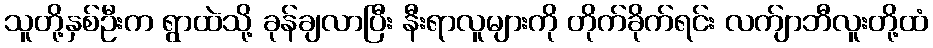
သူတို့နှစ်ဦးက ရွာထဲသို့ ခုန်ချလာပြီး နီးရာလူများကို တိုက်ခိုက်ရင်း လက်ျာဘီလူးတို့ထံ